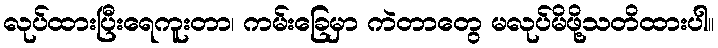
လုပ်ထားပြီးရေကူးတာ၊ ကမ်းခြေမှာ ကဲတာတွေ မလုပ်မိဖို့သတိထားပါ။